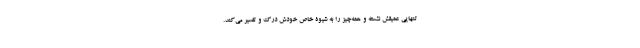
تنهایی عمیقش نشسته و همه‌چیز را به شیوۀ خاص خودش درک و تفسیر می‌کند.